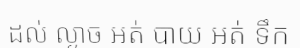
ដល់ ល្ងាច អត់ បាយ អត់ ទឹក